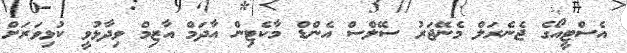
އެސްޓީއޯގެ ޖެނެރަލް މެނޭޖަރު ސޭލްސް އެންޑް މާކެޓިން އާދަމް އާޒިމް ވިދާޅުވީ ކުޅިވަރަށް